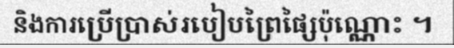
និងការប្រើប្រាស់របៀបព្រៃផ្សៃប៉ុណ្ណោះ ។